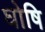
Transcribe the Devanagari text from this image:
घोषि